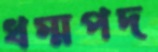
ধম্মপদ